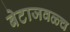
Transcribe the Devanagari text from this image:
बेटाजवळ्च